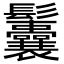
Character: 𩰉